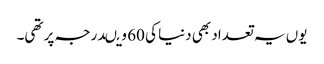
یوں یہ تعداد بھی دنیا کی 60 ویںدرجہ پر تھی۔